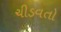
ચીડવતો